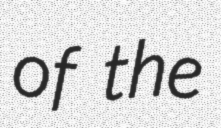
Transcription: of the